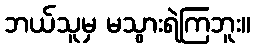
ဘယ်သူမှ မသွားရဲကြဘူး။